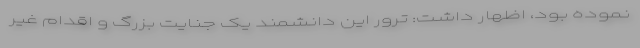
نموده بود، اظهار داشت: ترور این دانشمند یک جنایت بزرگ و اقدام غیر